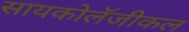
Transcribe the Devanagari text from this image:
सायकोलॅजीकल